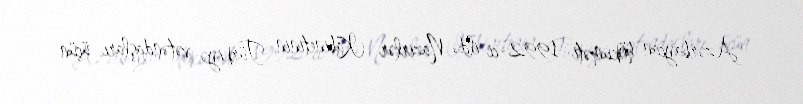
Azərbaycan hökuməti 1992-ci ildə Nazirlər Kabinetinin Türkiyə vətəndaşları üçün